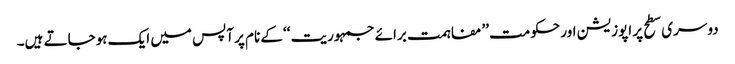
دوسری سطح پر اپوزیشن اور حکومت ’’مفاہمت برائے جمہوریت ‘‘کے نام پر آپس میں ایک ہوجاتے ہیں۔